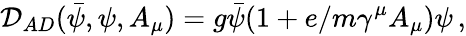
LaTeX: \mathcal{D}_{AD}(\bar{\psi},\psi,A_{\mu})=g\bar{\psi}(1+e/m\gamma^{\mu}A_{\mu})\psi\, ,